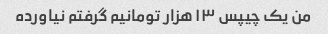
من یک چیپس ۱۳ هزار تومانیم گرفتم نیاورده